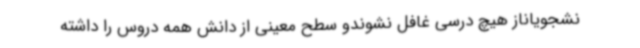
نشجویاناز هیچ درسی غافل نشوندو سطح معینی از دانش همه دروس را داشته